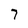
Character: 7